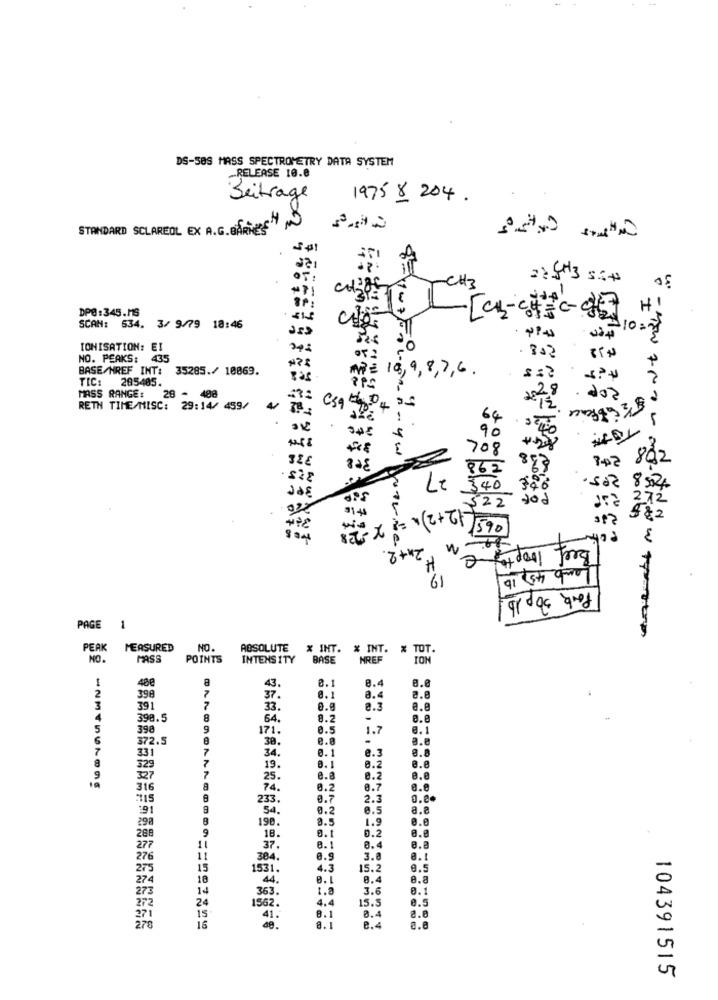
DS-50S MASS SPECTROMETRY DATA SYSTEM
_RELEASE 10.0
Beitrage
1975 8 204.
STANDARD SCLAREOL EX A.G.BARif"
-CH3
226H3 55+
-
05
DPG:345.MS
SCAN: 534. 3/ 9/79 18:46
IONISATION: EI
NO. PEAKS: 435
BASE/HREF INT: 35285./ 10069.
nP= 18, 9, 8, 7, 6 .
TIC: 285405.
28
MASS RANGE: 28 - 408
. do ?
( 52 Soffience
RETH TIME/MISC: 29:14/ 459/
Cs9 th,04 05
1
64
90
708
742 802
862
× Le
340 300
$22 ded
272
82
- MEN ANO W NO- EIN Z
EX := \(2 + 61 590
W2 Fordel Forg
61
Pork 30p 1b
PAGE
1
PEAK
MEASURED
NO.
ABSOLUTE
X INT. % INT. X TOT.
NO.
MASS
POINTS
INTENSITY
BASE
NREF
ION
a
3.1
8.4
8.8
2
43
398
37.
8.1
8.4
3
391
33.
8.3
a.e
4
390.5
8
64.
8.2
e.e
5
398
9
171
0.5
1.7
@.1
372.5
38.
a.e
7
331
7
34.
0.1
e.3
e.e
8
329
19.
8.1
0.2
25.
e.a
8.2
8.8
316
A
74.
8.2
0.7
e.e
233.
0.7
2.3
0.00
191
54.
0.2
6.5
a.e
298
190
8.5
1.9
0.0
18.
0.1
0.2
37.
8.1
0.4
384.
0.9
3.0
a.1
15
1531.
4.3
15.2
9.5
18
44.
8.8
14
363.
1.8
3.6
8.1
24
4.4
15.5
8.5
272
15
1562.
16
41.
8.1
8. 1
8.4
8.4
0.e
104391515